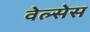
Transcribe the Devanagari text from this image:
वेल्सेस